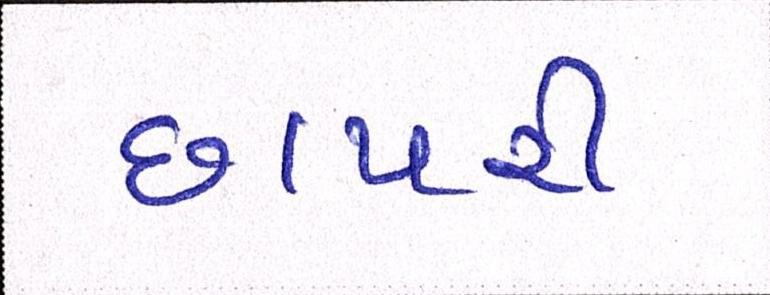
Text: છાપરી